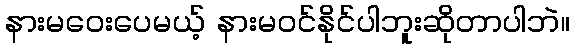
နားမဝေးပေမယ့် နားမဝင်နိုင်ပါဘူးဆိုတာပါဘဲ။